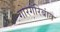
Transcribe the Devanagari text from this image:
गोरगरिबांत